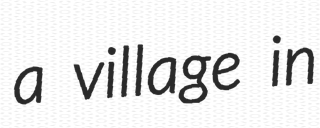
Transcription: a village in